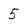
Character: 5